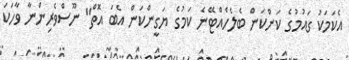
އެކަމަކު ގައުމުގެ ކަންކަން ބެލެހެއްޓޭނެ ކަމުގެ ޔަގީންކަން އެބަ އޮތް" ނޫސްވެރިންނާ ވާހަކަ